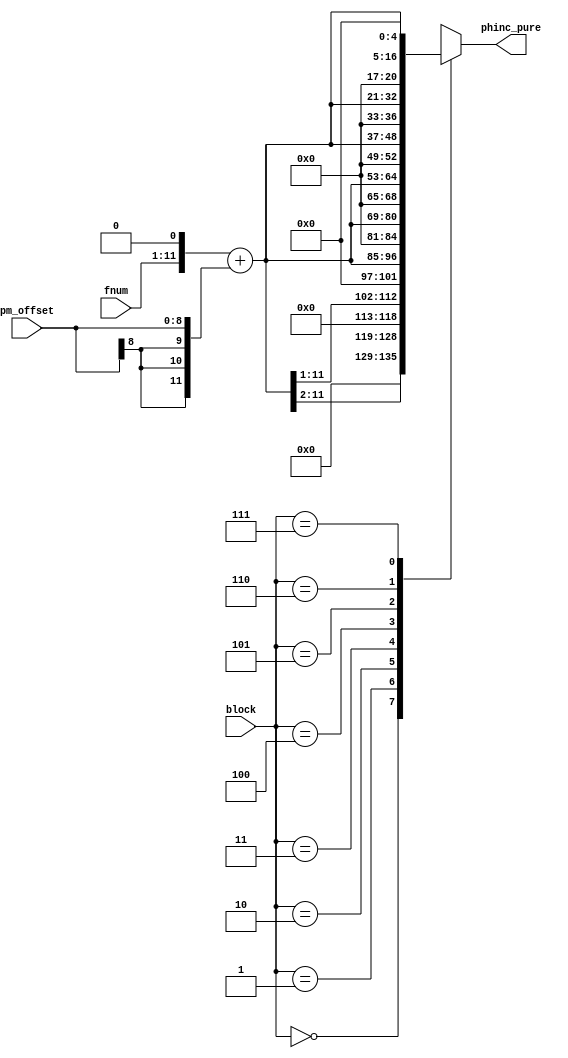
module jt12_pg_inc (
    input       [ 2:0] block,
    input       [10:0] fnum,
    input signed [8:0] pm_offset,
    output reg  [16:0] phinc_pure
);

reg [11:0] fnum_mod;

always @(*) begin 
    fnum_mod = {fnum,1'b0} + {{3{pm_offset[8]}},pm_offset};
    case ( block )
        3'd0: phinc_pure = { 7'd0, fnum_mod[11:2] };
        3'd1: phinc_pure = { 6'd0, fnum_mod[11:1] };
        3'd2: phinc_pure = { 5'd0, fnum_mod[11:0] };
        3'd3: phinc_pure = { 4'd0, fnum_mod, 1'd0 };
        3'd4: phinc_pure = { 3'd0, fnum_mod, 2'd0 };
        3'd5: phinc_pure = { 2'd0, fnum_mod, 3'd0 };
        3'd6: phinc_pure = { 1'd0, fnum_mod, 4'd0 };
        3'd7: phinc_pure = {       fnum_mod, 5'd0 };
    endcase
end

endmodule